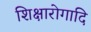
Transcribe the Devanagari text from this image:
शिक्षारोगादि